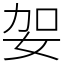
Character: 妿